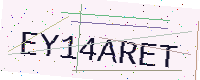
Text: EY14ARET